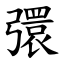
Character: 彋